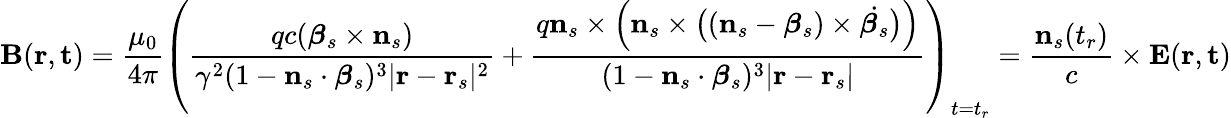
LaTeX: \mathbf{B}(\mathbf{r},\mathbf{t})={\frac{\mu_{0}}{4\pi}}\left({\frac{qc({\boldsymbol{\beta}}_{s}\times\mathbf{n}_{s})}{\gamma^{2}(1-\mathbf{n}_{s}\cdot{\boldsymbol{\beta}}_{s})^{3}|\mathbf{r}-\mathbf{r}_{s}|^{2}}}+{\frac{q\mathbf{n}_{s}\times{\Big(}\mathbf{n}_{s}\times{\big(}(\mathbf{n}_{s}-{\boldsymbol{\beta}}_{s})\times{\dot{{\boldsymbol{\beta}}_{s}}}{\big)}{\Big)}}{(1-\mathbf{n}_{s}\cdot{\boldsymbol{\beta}}_{s})^{3}|\mathbf{r}-\mathbf{r}_{s}|}}\right)_{t=t_{r}}={\frac{\mathbf{n}_{s}(t_{r})}{c}}\times\mathbf{E}(\mathbf{r},\mathbf{t})